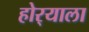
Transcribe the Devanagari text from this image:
होर्‍याला